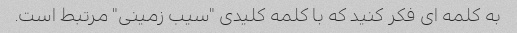
به کلمه ای فکر کنید که با کلمه کلیدی "سیب زمینی" مرتبط است.